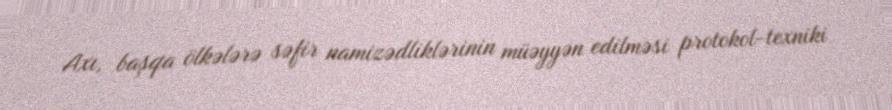
Axı, başqa ölkələrə səfir namizədliklərinin müəyyən edilməsi protokol-texniki